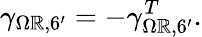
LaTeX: \gamma_{\Omega\mathbb{R},6^{\prime}}=-\gamma_{\Omega\mathbb{R},6^{\prime}}^{T}.